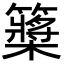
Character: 𥷃